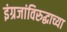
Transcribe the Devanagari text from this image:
इंग्रजांविरुद्धाच्या